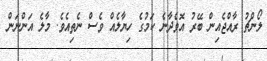
ލޯންޗު ރާއްޖެއިން ބޭރު އޮވެދާނެ ކަމުގެ ހިޔާލެއް ވެސް ނެތިއެވެ. މާލެ އަންނަން